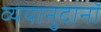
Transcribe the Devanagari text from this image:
व्ययानुदानॉ